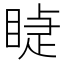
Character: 𥈤